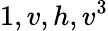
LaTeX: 1,v,h,v^{3}